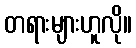
တရားများဟူလို။